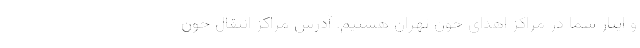
و ایثار شما در مراکز اهدای خون تهران هستیم. آدرس مراکز انتقال خون